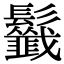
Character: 𩰁